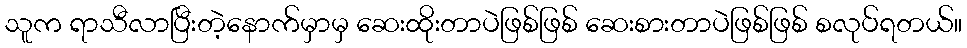
သူက ရာသီလာပြီးတဲ့နောက်မှာမှ ဆေးထိုးတာပဲဖြစ်ဖြစ် ဆေးစားတာပဲဖြစ်ဖြစ် စလုပ်ရတယ်။